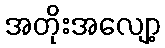
အတိုးအလျော့